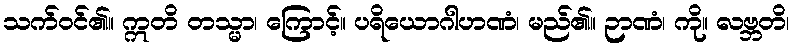
သက်ဝင်၏။ ဣတိ တသ္မာ၊ ကြောင့်။ ပရိယောဂါဟဏံ၊ မည်၏။ ဉာဏံ၊ ကို။ လဗ္ဘတိ၊